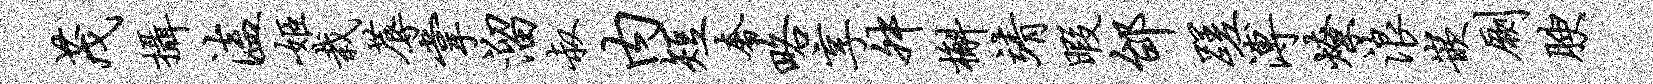
茂摄溘姬栽蓐掌溜叔内短奢略享舛槲靖暇邰蹉溥燎浪嵌劂腴